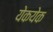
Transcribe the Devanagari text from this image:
येकयेक